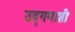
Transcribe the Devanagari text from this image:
उद्‌गमाशी